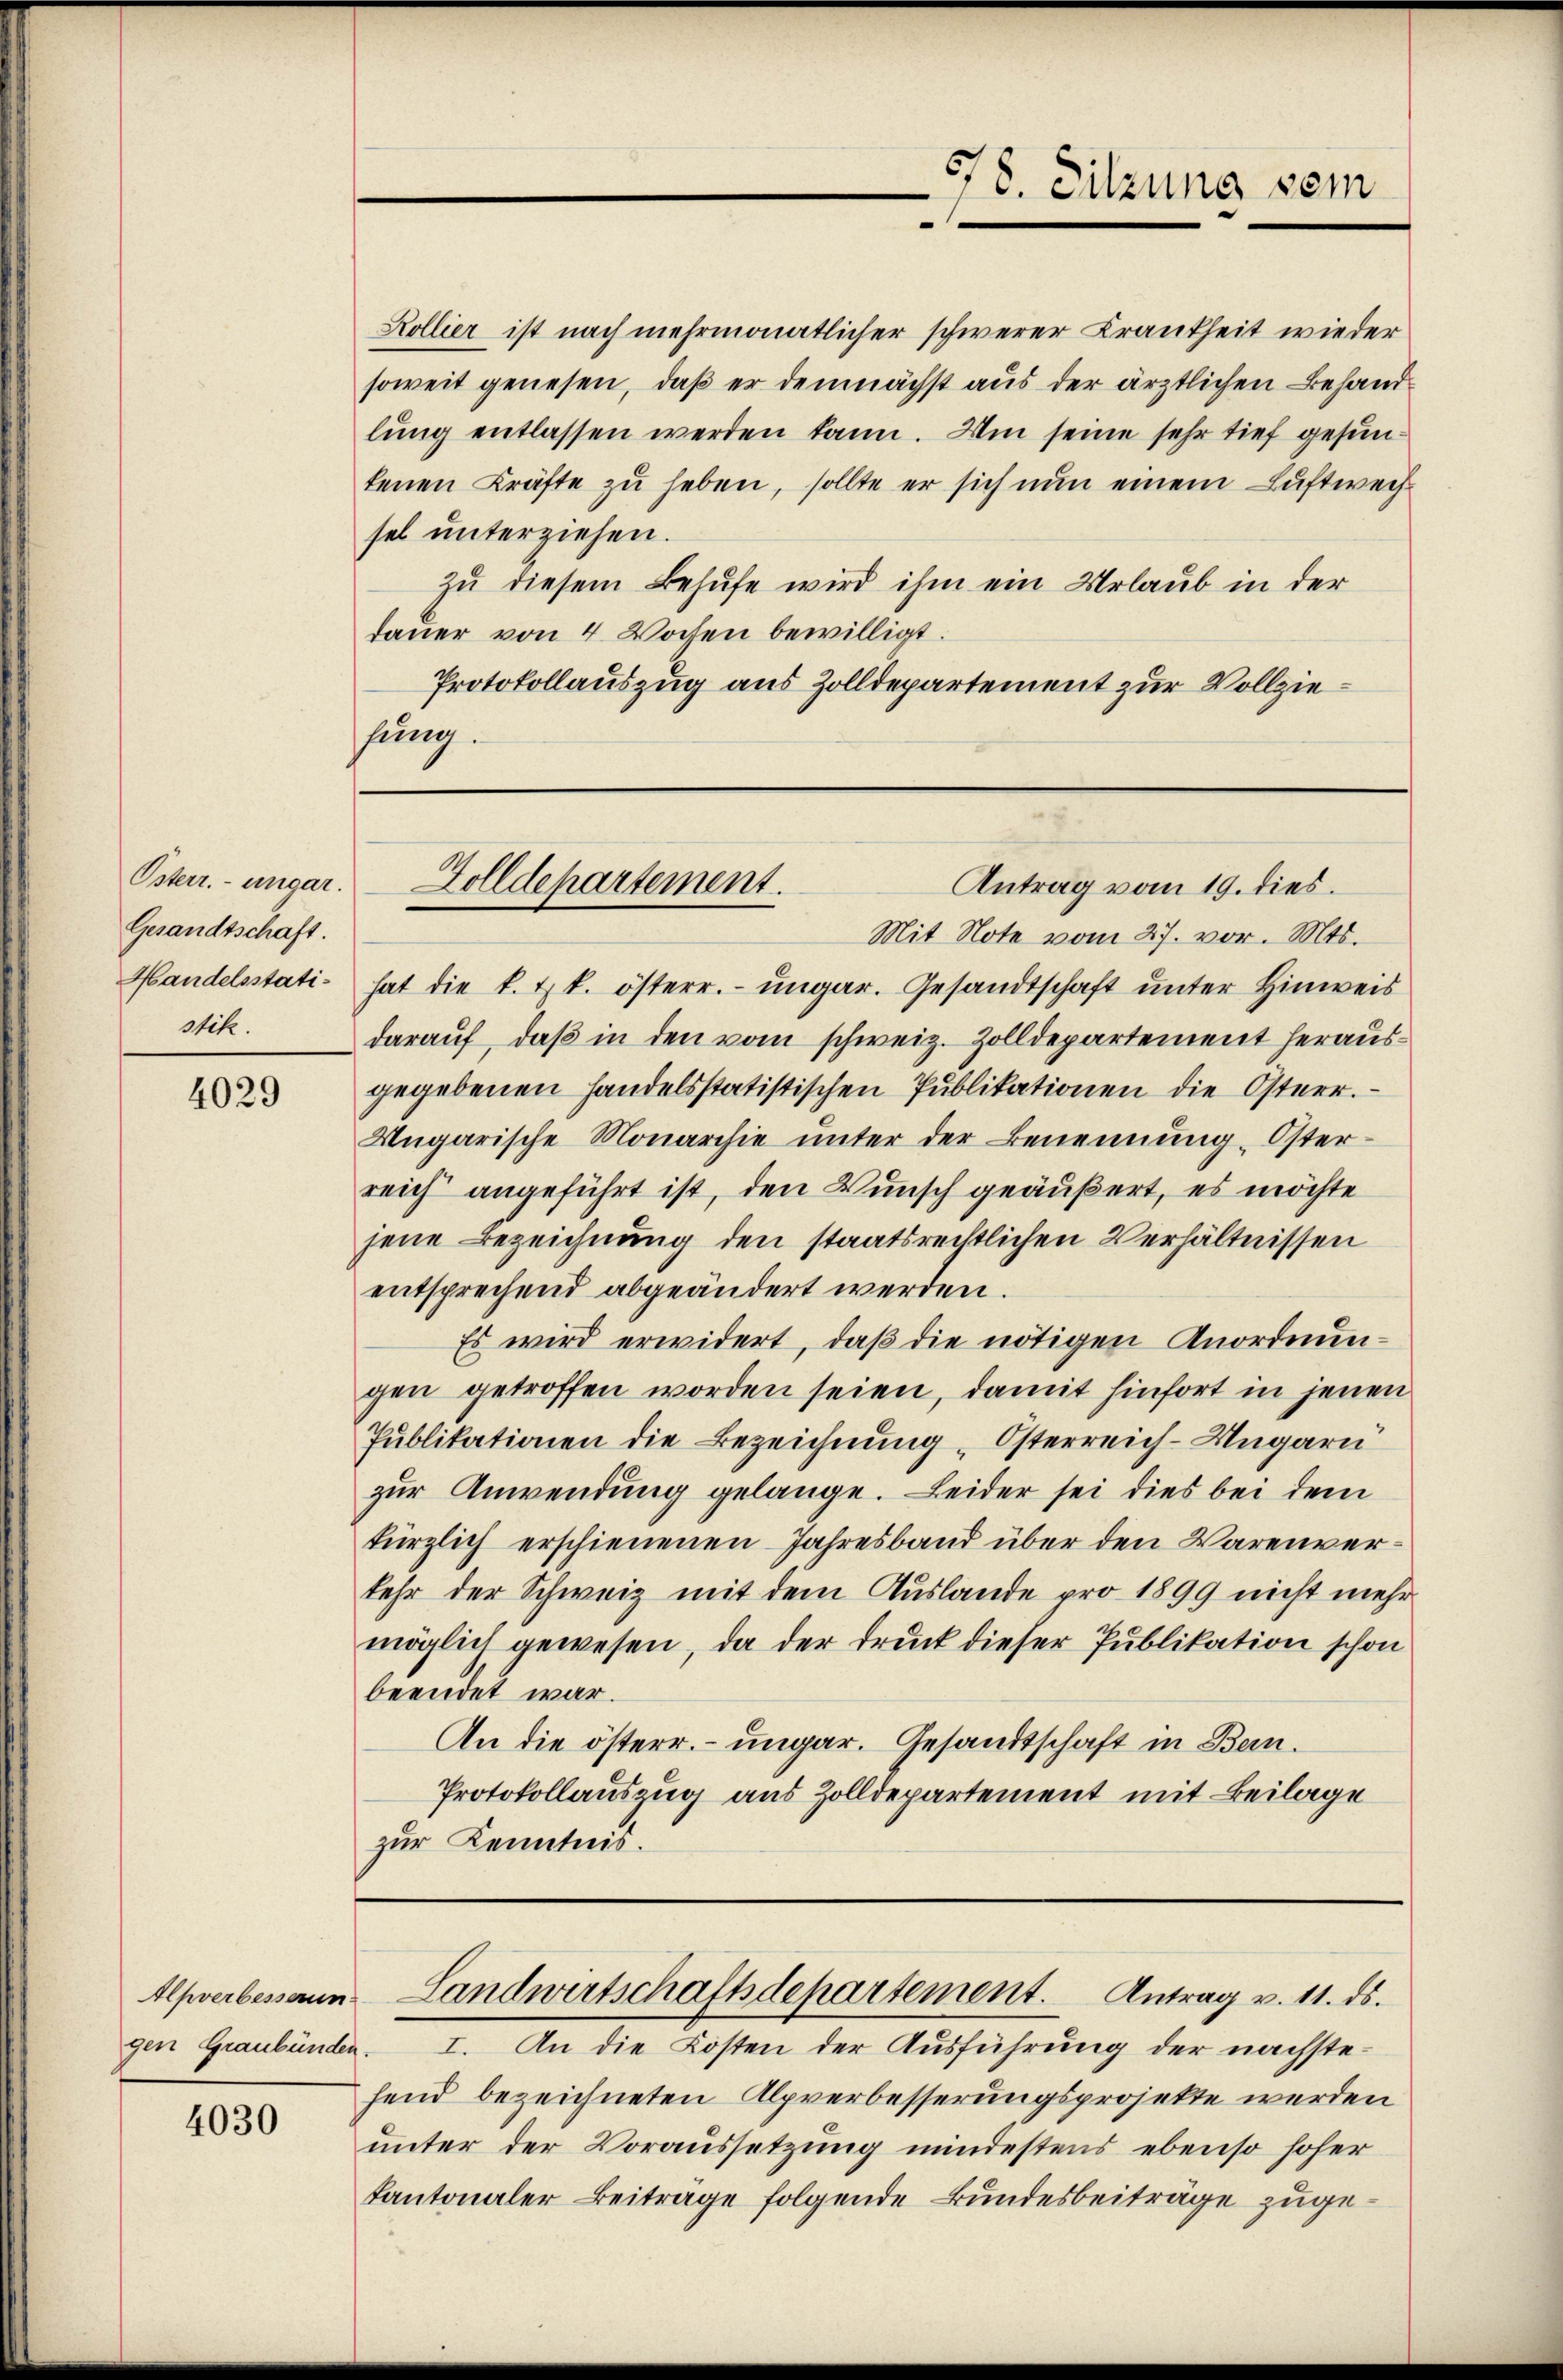
Österr. ungar.
Gesandtschaft.
Handelsstatistik.

4029

4030

Kollier ist nach mehrmonatlicher schwerer Krankheit wieder
soweit genesen, daß er demnächst aus der ärztlichen Behandlŭng entlassen werden kann. Um seine sehr tief gesuntenen Kräfte zu heben, sollte er sich nun einem Luftwechsel unterziehen.
zu diesem Behufe wird ihm ein Urlaub in der
dauer von 4 Wochen bewilligt.
Protokollauszug aus Zolldepartement zur Vollziesung.

Mit Note vom 27. vor. Mts.
hat die k. k. österr. ungar. Gesandtschaft unter Hinweis
darauf, daß in den vom schweiz. Zolldepartement herausgegebenen handelsstatistischen Publikationen die Osterr.
Ungarische Monarchie ŭnter der Benennung Öster-
reich angeführt ist, den Wunsch geäußert, es möchte
jene Bezeichnung den staatsrechtlichen Verhältnissen
entsprechend abgeändert werden.
Es wird erwidert, daß die nötigen Anordnungen getroffen worden seien, damit hinfort in jenen
Publikationen die Bezeichnung „Osterreich-Ungarn
zur Anwendung gelange. Leider sei dies bei dem
kürzlich erschienenen Jahresband über den Warenverkehr der Schweiz mit dem Auslande pro 1899 nicht mehr
möglich gewesen, da der Druck dieser Publikation schon
beendet war.
An die österr. ungar. Gesandtschaft in Bern.
Protokollauszug aus Zolldepartement mit Beilage
zur Kenntnis.

678. Sitzung vom

Zolldepartement.
Antrag vom 19. dies.

gen Graubünden. I. An die Kosten der Ausführung der nächste
fend bezeichneten Alpverbesserungsprojekte werden
unter der Voraussetzung mindestens ebenso hoher
Kantonaler Beitrage folgende Bundesbeiträge zuge¬

Alfverbessaun Landwertschaftsdepartement. Antrag v. 11. ds.